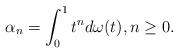
LaTeX: \begin{align*}\alpha_n=\int_0^1 t^n d\omega(t),n\geq 0.\end{align*}